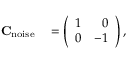
\begin{array} { r l } { \mathbf { C } _ { \mathrm { n o i s e } } } & { { } = \left( \begin{array} { l l } { 1 } & { \phantom { - } 0 } \\ { 0 } & { - 1 } \end{array} \right) , } \end{array}